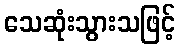
သေဆုံးသွားသဖြင့်